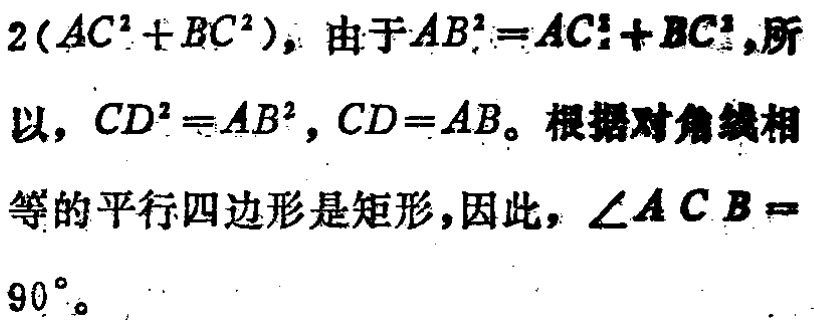
$2(AC^{2}+BC^{2})$，由于$AB^{2}=AC^{2}+BC^{2}$，所以，$CD^{2}=AB^{2}$，$CD = AB$。根据对角线相等的平行四边形是矩形，因此，$\angle ACB = 90^{\circ}$。